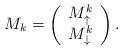
LaTeX: \begin{align*}M_k = \left(\begin{array}{c}M^k_{\uparrow}\\M^k_{\downarrow}\\ \end{array}\right).\end{align*}